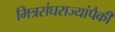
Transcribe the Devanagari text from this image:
मित्रसंघराज्यांपैकी